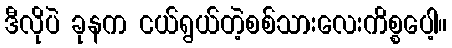
ဒီလိုပဲ ခုနက ငယ်ရွယ်တဲ့စစ်သားလေးကိစ္စပေါ့။